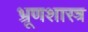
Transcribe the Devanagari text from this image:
भ्रूणशास्त्र